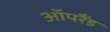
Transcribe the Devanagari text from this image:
ऑपरैंड